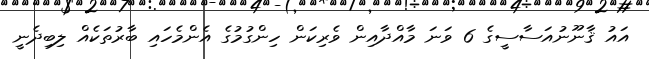
އައު ޤާނޫނުއަސާސީގެ 6 ވަނަ މާއްދާއިން ވެރިކަން ހިންގުމުގެ އެންމެހައި ބާރުތަކެއް ލިބިދެނީ